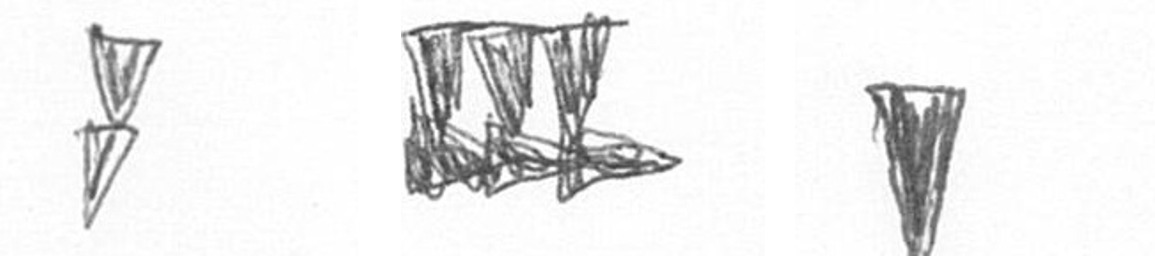
Z D J